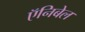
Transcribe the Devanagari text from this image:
ऍनिबेल